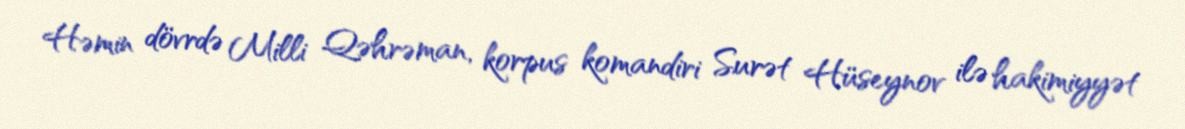
Həmin dövrdə Milli Qəhrəman, korpus komandiri Surət Hüseynov ilə hakimiyyət